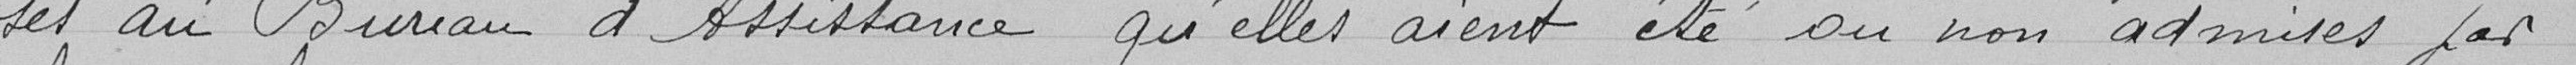
ses au Bureau d'Assistance qu'elles aient été ou non admises par